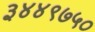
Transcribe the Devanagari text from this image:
३४४९७५०